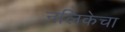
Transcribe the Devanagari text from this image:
नलिकेचा